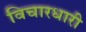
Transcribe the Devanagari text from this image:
विचारधारी